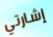
إشارتي